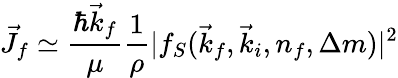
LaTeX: \vec{J}_{f}\simeq\frac{\hbar\vec{k}_{f}}{\mu}\frac{1}{\rho}\vert f_{S}(\vec{k}_{f},\vec{k}_{i},n_{f},\Delta m)\vert^{2}